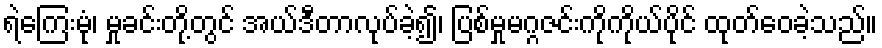
ရဲကြေးမုံ၊ မှုခင်းတို့တွင် အယ်ဒီတာလုပ်ခဲ့၍၊ ပြစ်မှုမဂ္ဂဇင်းကိုကိုယ်ပိုင် ထုတ်ဝေခဲ့သည်။